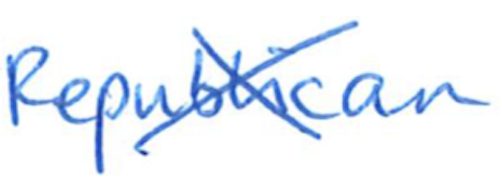
Text: Republican
Cross-out: mix
Writing tool: ballpoint